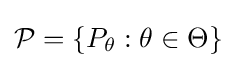
{\mathcal {P}}=\{P_{\theta }:\theta \in \Theta \}